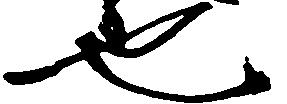
也